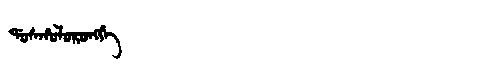
Manchu: ᡩᠣᠰᡥᠣᠯᠣᡵᠣᠩᡤᡝ
Romanization: DOSHOLORONGGE